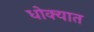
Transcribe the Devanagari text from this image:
धोक्‍यात